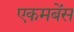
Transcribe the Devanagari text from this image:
एकमबेंस